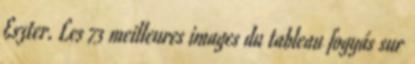
Eszter. Les 73 meilleures images du tableau fogyás sur